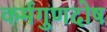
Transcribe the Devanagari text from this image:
कर्मगुणदोष